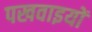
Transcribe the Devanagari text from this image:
पखवाइयों